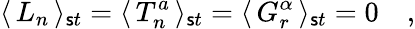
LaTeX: \langle\, L_{n}\, \rangle_{\mathsf{s}t}=\langle\, T_{n}^{a}\, \rangle_{\mathsf{s}t}=\langle\, G_{r}^{\alpha}\, \rangle_{\mathsf{s}t}=0\quad,